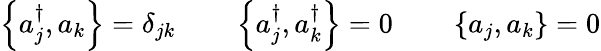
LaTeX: \left\{ a_{j}^{\dagger},a_{k}\right\} =\delta_{jk}\qquad\left\{ a_{j}^{\dagger},a_{k}^{\dagger}\right\} =0\qquad\left\{ a_{j},a_{k}\right\} =0